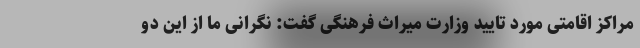
مراکز اقامتی مورد تایید وزارت میراث فرهنگی گفت: نگرانی ما از این دو